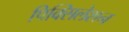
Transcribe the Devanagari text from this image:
पिक्सिलेशन